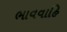
ભાવવાહિ